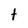
Character: t